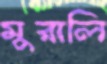
মুরালি